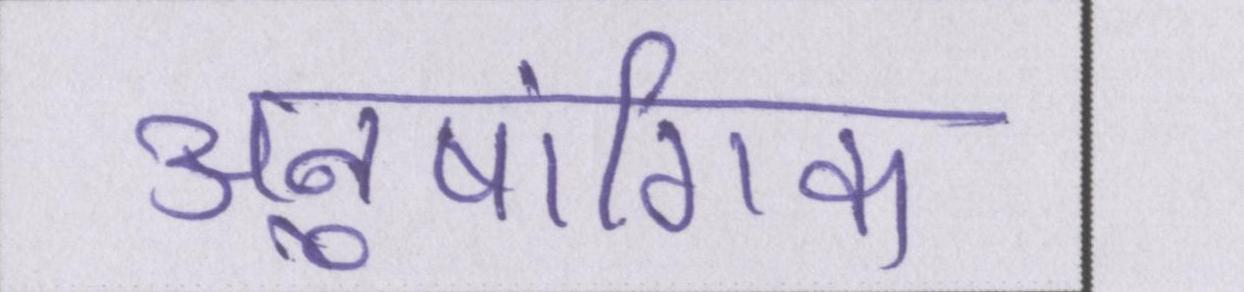
अनुषांगिक